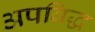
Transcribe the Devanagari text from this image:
अपविद्ध